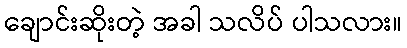
ချောင်းဆိုးတဲ့ အခါ သလိပ် ပါသလား။